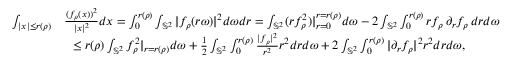
\begin{array} { r l } { \int _ { | x | \leq r ( \rho ) } } & { \frac { ( f _ { \rho } ( x ) ) ^ { 2 } } { | x | ^ { 2 } } d x = \int _ { 0 } ^ { r ( \rho ) } \int _ { \mathbb { S } ^ { 2 } } | f _ { \rho } ( r \omega ) | ^ { 2 } d \omega d r = \int _ { \mathbb { S } ^ { 2 } } ( r f _ { \rho } ^ { 2 } ) | _ { r = 0 } ^ { r = r ( \rho ) } d \omega - 2 \int _ { \mathbb { S } ^ { 2 } } \int _ { 0 } ^ { r ( \rho ) } r f _ { \rho } \, \partial _ { r } f _ { \rho } \, d r d \omega } \\ & { \ \ \leq r ( \rho ) \int _ { \mathbb { S } ^ { 2 } } f _ { \rho } ^ { 2 } | _ { r = r ( \rho ) } d \omega + \frac 1 2 \int _ { \mathbb { S } ^ { 2 } } \int _ { 0 } ^ { r ( \rho ) } \frac { | f _ { \rho } | ^ { 2 } } { r ^ { 2 } } r ^ { 2 } d r d \omega + 2 \int _ { \mathbb { S } ^ { 2 } } \int _ { 0 } ^ { r ( \rho ) } | \partial _ { r } f _ { \rho } | ^ { 2 } r ^ { 2 } d r d \omega , } \end{array}